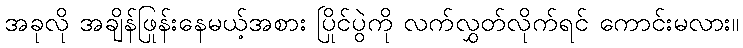
အခုလို အချိန်ဖြုန်းနေမယ့်အစား ပြိုင်ပွဲကို လက်လွှတ်လိုက်ရင် ကောင်းမလား။